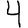
Digit: 4